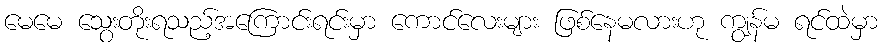
မေမေ သွေးတိုးရသည့်အကြောင်းရင်းမှာ ကောင်လေးများ ဖြစ်နေမလားဟု ကျွန်မ ရင်ထဲမှာ